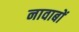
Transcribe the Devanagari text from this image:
नावाबों